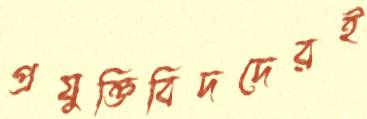
প্রযুক্তিবিদদেরই